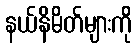
နယ်နိမိတ်များကို